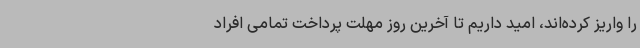
را واریز کرده‌اند، امید داریم تا آخرین روز مهلت پرداخت تمامی افراد